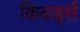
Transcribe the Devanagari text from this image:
किवर्ड्स